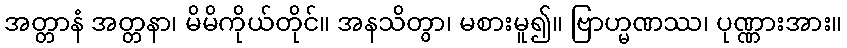
အတ္တာနံ အတ္တနာ၊ မိမိကိုယ်တိုင်။ အနသိတွာ၊ မစားမူ၍။ ဗြာဟ္မဏဿ၊ ပုဏ္ဏားအား။